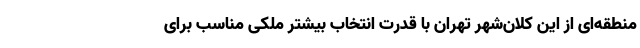
منطقه‌ای از این کلان‌شهر تهران با قدرت انتخاب بیشتر ملکی مناسب برای